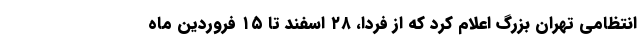
انتظامی تهران بزرگ اعلام کرد که از فردا، ۲۸ اسفند تا ۱۵ فروردین ماه